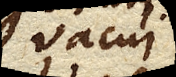
vacui